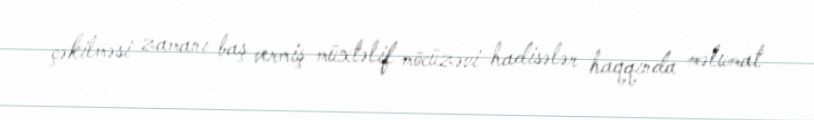
çəkilməsi zamanı baş vermiş müxtəlif möcüzəvi hadisələr haqqında məlumat